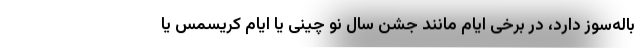
باله‌سوز دارد، در برخی ایام مانند جشن سال نو چینی یا ایام کریسمس یا